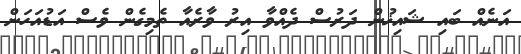
އަނެއް ބައި ޝައިޚުން ދަރުސް ދެއްވާ އިރު ވާރެއާ ތެމިގެން ވެސް އަޑުއަހަން